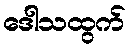
ဒေါသထွက်